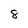
Character: 8